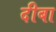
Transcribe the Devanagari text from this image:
दीबा